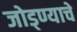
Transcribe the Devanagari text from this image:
जोड्ण्याचे